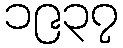
၁၉၃၇